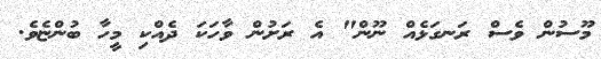
މޫސުން ވެސް ރަނގަޅެއް ނޫން" އެ ރަށުން ވާހަކަ ދެއްކި މީހާ ބުންޏެވެ.